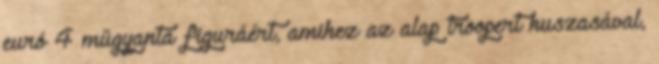
euró 4 műgyanta figuráért, amihez az alap troopert huszasával,